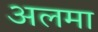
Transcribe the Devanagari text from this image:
अलमा